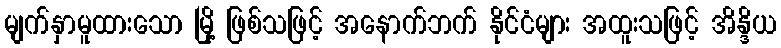
မျက်နှာမူထားသော မြို့ ဖြစ်သဖြင့် အနောက်ဘက် နိုင်ငံများ အထူးသဖြင့် အိန္ဒိယ